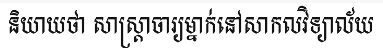
និយាយថា សាស្ត្រាចារ្យម្នាក់នៅសាកលវិទ្យាល័យ